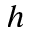
h